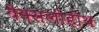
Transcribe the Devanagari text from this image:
बेक्सलीहीथ